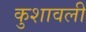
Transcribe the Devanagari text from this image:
कुशावली